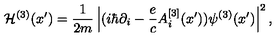
{ \cal H } ^ { ( 3 ) } ( x { ' } ) = { \frac { 1 } { 2 m } } \left| ( i \hbar \partial _ { i } - { \frac { e } { c } } A _ { i } ^ { [ 3 ] } ( x { ' } ) ) \psi ^ { ( 3 ) } ( x { ' } ) \right| ^ { 2 } ,